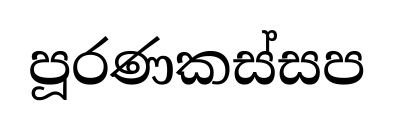
පූරණකස්සප